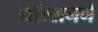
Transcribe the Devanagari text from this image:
थॉम्सनने